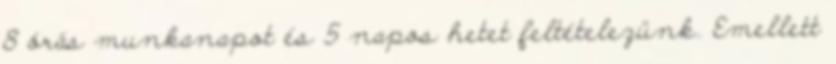
8 órás munkanapot és 5 napos hetet feltételezünk. Emellett